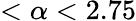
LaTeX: <\alpha<2.75